Vaccination in Bombay 1869-1873 - 1869-1873
Year: 1869
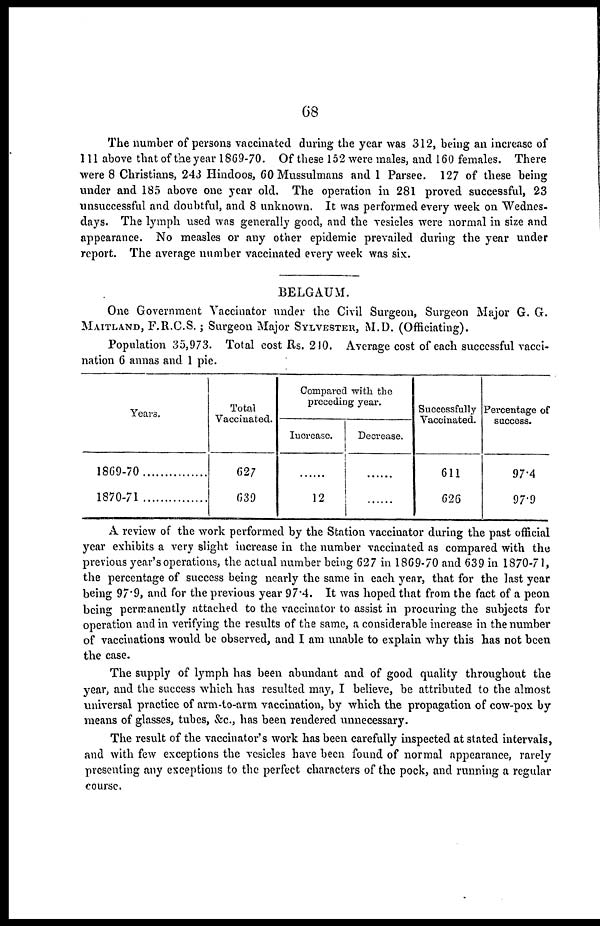
68
The number of persons vaccinated during the year was 312, being an increase of
111 above that of the year 1869-70. Of these 152 were males, and 160 females. There
were 8 Christians, 243 Hindoos, 60 Mussulmans and 1 Parsee. 127 of these being
under and 185 above one year old. The operation in 281 proved successful, 23
unsuccessful and doubtful, and 8 unknown. It was performed every week on Wednes-
days. The lymph used was generally good, and the vesicles were normal in size and
appearance. No measles or any other epidemic prevailed during the year under
report. The average number vaccinated every week was six.
BELGAUM.
One Government Vaccinator under the Civil Surgeon, Surgeon Major G. G.
MAITLAND, F.R.C.S.; Surgeon Major SYLVESTER, M.D. (Officiating).
Population 35,973. Total cost Rs. 240. Average cost of each successful vacci-
nation 6 annas and 1 pie.
Years.
1869-70
1870-71
Total
Vaccinated.
627
639
Compared with the
preceding year.
Increase.
......
12
Decrease.
......
......
Successfully
Vaccinated.
611
626
Percentage of
success.
97.4
97.9
A review of the work performed by the Station vaccinator during the past official
year exhibits a very slight increase in the number vaccinated as compared with the
previous year's operations, the actual number being 627 in 1869-70 and 639 in 1870-71,
the percentage of success being nearly the same in each year, that for the last year
being 97.9, and for the previous year 97.4. It was hoped that from the fact of a peon
being permanently attached to the vaccinator to assist in procuring the subjects for
operation and in verifying the results of the same, a considerable increase in the number
of vaccinations would be observed, and I am unable to explain why this has not been
the case.
The supply of lymph has been abundant and of good quality throughout the
year, and the success which has resulted may, I believe, be attributed to the almost
universal practice of arm-to-arm vaccination, by which the propagation of cow-pox by
means of glasses, tubes, &c., has been rendered unnecessary.
The result of the vaccinator's work has been carefully inspected at stated intervals,
and with few exceptions the vesicles have been found of normal appearance, rarely
presenting any exceptions to the perfect characters of the pock, and running a regular
course.